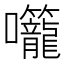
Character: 𭍌